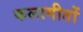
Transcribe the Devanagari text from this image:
कलागीतों